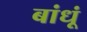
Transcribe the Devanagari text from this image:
बांधूं